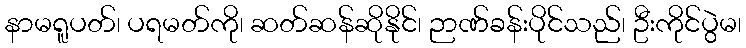
နာမရူပတ်၊ ပရမတ်ကို၊ ဆတ်ဆန်ဆိုနိုင်၊ ဉာဏ်ခန်းပိုင်သည်၊ ဦးကိုင်ပွဲမ၊